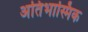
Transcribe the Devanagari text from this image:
अतिभास्मिक